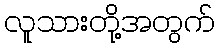
လူသားတို့အတွက်